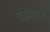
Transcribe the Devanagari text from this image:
चंद्रावरच्या